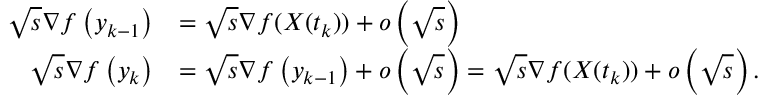
\begin{array} { r l } { \sqrt { s } \nabla f \left( y _ { k - 1 } \right) } & { = \sqrt { s } \nabla f ( X ( t _ { k } ) ) + o \left( \sqrt { s } \right) } \\ { \sqrt { s } \nabla f \left( y _ { k } \right) } & { = \sqrt { s } \nabla f \left( y _ { k - 1 } \right) + o \left( \sqrt { s } \right) = \sqrt { s } \nabla f ( X ( t _ { k } ) ) + o \left( \sqrt { s } \right) . } \end{array}